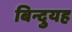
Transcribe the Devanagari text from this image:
बिन्दुयह